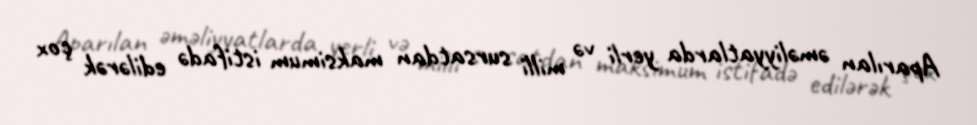
Aparılan əməliyyatlarda yerli və milli sursatdan maksimum istifadə edilərək çox